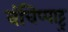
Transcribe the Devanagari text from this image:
वंचिप्पाट्टु